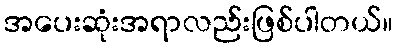
အပေးဆုံးအရာလည်းဖြစ်ပါတယ်။